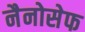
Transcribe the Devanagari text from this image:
नैनोसेफ